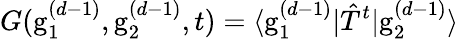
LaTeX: G(\mathrm{g}_{1}^{(d-1)},\mathrm{g}_{2}^{(d-1)},t)=\langle\mathrm{g}_{1}^{(d-1)}|\hat{T}^{t}|\mathrm{g}_{2}^{(d-1)}\rangle